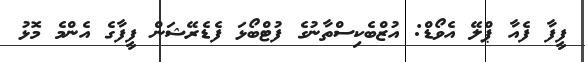
ފީފާ ފެއާ ޕްލޭ އެވޯޑް: އުޒްބެކިސްތާނުގެ ފުޓްބޯޅަ ފެޑެރޭޝަން ފީފާގެ އެންމެ މޮޅު